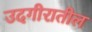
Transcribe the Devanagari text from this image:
उदगीरातील